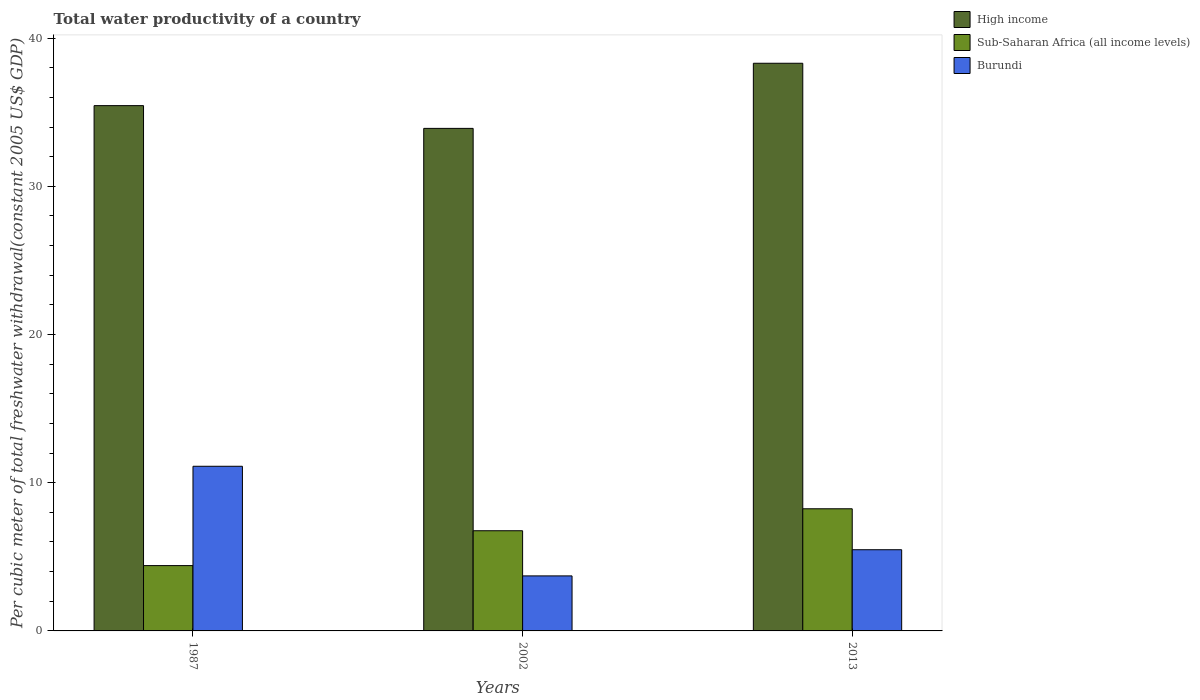
| Years | High income | Sub-Saharan Africa (all income levels) | Burundi |
 | --- | --- | --- | --- |
 | 1987 | 35.4 | 4.41 | 11.1 |
 | 2002 | 33.9 | 6.76 | 3.71 |
 | 2013 | 38.3 | 8.24 | 5.48 |